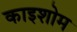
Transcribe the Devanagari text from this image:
काइशोम